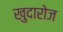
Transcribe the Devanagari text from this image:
खुदारोज